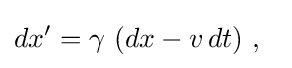
dx'=\gamma \ (dx-v\,dt)\ ,\ \